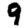
Digit: 9